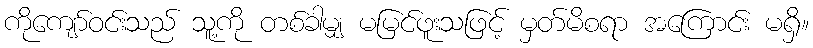
ကိုကျော်ဝင်းသည် သူ့ကို တစ်ခါမျှ မမြင်ဖူးသဖြင့် မှတ်မိစရာ အကြောင်း မရှိ။